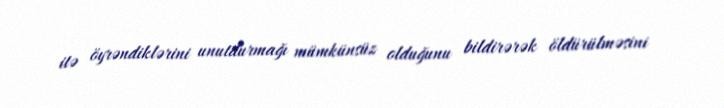
itə öyrəndiklərini unutdurmağı mümkünsüz olduğunu bildirərək öldürülməsini